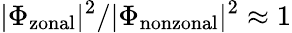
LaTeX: |\Phi_{\mathrm{zonal}}|^{2}/|\Phi_{\mathrm{nonzonal}}|^{2}\approx 1